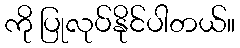
ကို ပြုလုပ်နိုင်ပါတယ်။